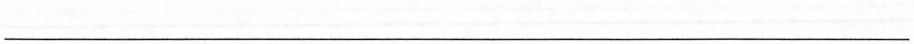
___